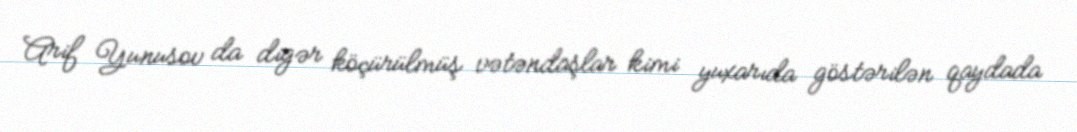
Arif Yunusov da digər köçürülmüş vətəndaşlar kimi yuxarıda göstərilən qaydada